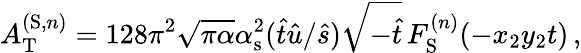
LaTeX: A_{\mathrm{T}}^{(\mathrm{S},n)}=128\pi^{2}\sqrt{\pi\alpha}\alpha_{\mathrm{s}}^{2}(\hat{t}\hat{u}/\hat{s})\sqrt{-\hat{t}}\, F_{\mathrm{S}}^{(n)}(-x_{2}y_{2}t)\, ,